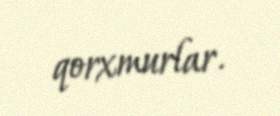
qorxmurlar.